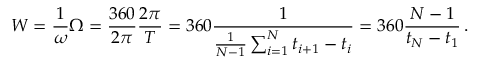
W = \frac { 1 } { \omega } \Omega = \frac { 3 6 0 } { 2 \pi } \frac { 2 \pi } { T } = 3 6 0 \frac { 1 } { \frac { 1 } { N - 1 } \sum _ { i = 1 } ^ { N } t _ { i + 1 } - t _ { i } } = 3 6 0 \frac { N - 1 } { t _ { N } - t _ { 1 } } \, .